Indian journal of veterinary science and animal husbandry - Volumes 28-29, 1958-1959
Year: 1958
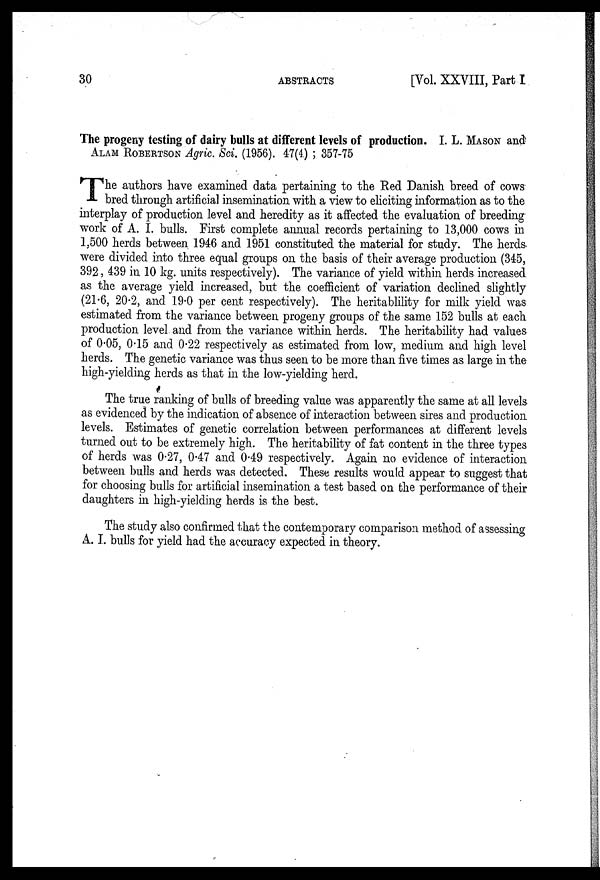
30
ABSTRACTS
[Vol. XXVIII, Part I
The progeny testing of dairy bulls at different levels of production. I. L. MASON and
ALAM ROBERTSON Agric. Sci. (1956). 47(4.) ; 357-75
T he authors have examined data pertaining to the Red Danish breed of cows
bred through artificial insemination with a view to eliciting information as to the
interplay of production level and heredity as it affected the evaluation of breeding
work of A. I. bulls. First complete annual records pertaining to 13,000 cows in
1,500 herds between 1946 and 1951 constituted the material for study. The herds
were divided into three equal groups on the basis of their average production (345,
392, 439 in 10 kg. units respectively). The variance of yield within herds increased
as the average yield increased, but the coefficient of variation declined slightly
(21.6, 20.2, and 19.0 per cent respectively). The heritablility for milk yield was
estimated from the variance between progeny groups of the same 152 bulls at each
production level and from the variance within herds. The heritability had values
of 0.05, 0.15 and 0.22 respectively as estimated from low, medium and high level
herds. The genetic variance was thus seen to be more than five times as large in the
high-yielding herds as that in the low-yielding herd.
The true ranking of bulls of breeding value was apparently the same at all levels
as evidenced by the indication of absence of interaction between sires and production
levels. Estimates of genetic correlation between performances at different levels
turned out to be extremely high. The heritability of fat content in the three types
of herds was 0.27, 0.47 and 0.49 respectively. Again no evidence of interaction
between bulls and herds was detected. These results would appear to suggest that
for choosing bulls for artificial insemination a test based on the performance of their
daughters in high-yielding herds is the best.
The study also confirmed that the contemporary comparison method of assessing
A. I. bulls for yield had the accuracy expected in theory.